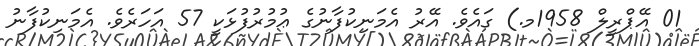
01 އޭޕްރީލް 1958މ.) ގައެވެ. އޭރު އެމަނިކުފާނުގެ ޢުމުރުފުޅަކީ 57 އަހަރެވެ. އެމަނިކުފާނު